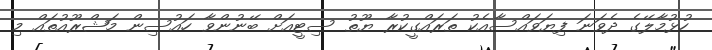
ހުޅުމާލޭގެ ދެވަނަ ފިޔަވައްސާއެކު ތަރައްގީކުރާ ޔޫތު ސިޓީއަށް ބޭނުންވާ ހައުސިން މަޝްރޫއުތައް މި